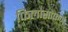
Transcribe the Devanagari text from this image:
फिलोसोफर्ज़